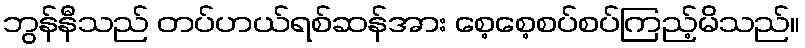
ဘွန်နီသည် တပ်ဟယ်ရစ်ဆန်အား စေ့စေ့စပ်စပ်ကြည့်မိသည်။